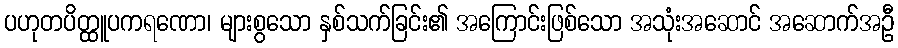
ပဟုတပိတ္ထူပကရဏော၊ များစွသော နှစ်သက်ခြင်း၏ အကြောင်းဖြစ်သော အသုံးအဆောင် အဆောက်အဦ